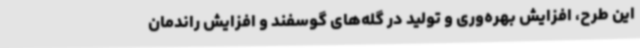
این طرح، افزایش بهره‌وری و تولید در گله‌های گوسفند و افزایش راندمان